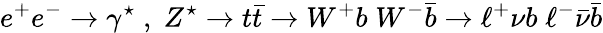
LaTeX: e^{+}e^{-}\to\gamma^{\star}\; ,\; Z^{\star}\to t\bar{t}\to W^{+}b\; W^{-}\bar{b}\to\ell^{+}\nu b\; \ell^{-}\bar{\nu}\bar{b}